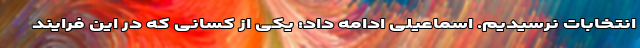
انتخابات نرسیدیم. اسماعیلی ادامه داد: یکی از کسانی که در این فرایند